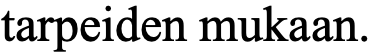
tarpeiden mukaan.